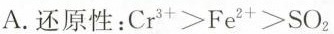
A. 还原性：$$Cr^{3+}>Fe^{2+}>SO_{2}$$